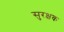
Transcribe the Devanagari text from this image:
सुरक्षक